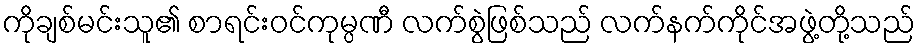
ကိုချစ်မင်းသူ၏ စာရင်းဝင်ကုမ္ပဏီ လက်စွဲဖြစ်သည် လက်နက်ကိုင်အဖွဲ့တို့သည်